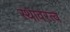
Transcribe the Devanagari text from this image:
स्थावरत्व